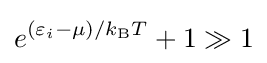
e^{(\varepsilon _{i}-\mu )/k_{\rm {B}}T}+1\gg 1